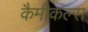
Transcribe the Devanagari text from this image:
कैमीकल्स